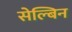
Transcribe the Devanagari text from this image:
सेल्बिन